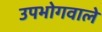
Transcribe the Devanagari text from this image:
उपभोगवाले